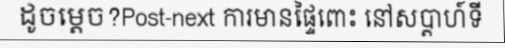
ដូចម្តេច?Post-next ការមានផ្ទៃពោះ នៅសប្តាហ៍ទី